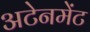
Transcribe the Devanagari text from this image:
अटेनमेंट